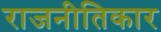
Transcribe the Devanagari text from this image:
राजनीतिकार